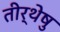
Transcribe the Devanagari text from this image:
तीर्थेषु